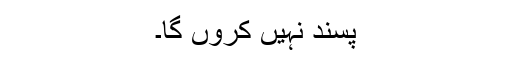
پسند نہیں کروں گا۔